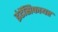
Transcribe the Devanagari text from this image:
इंटेंसिफायर